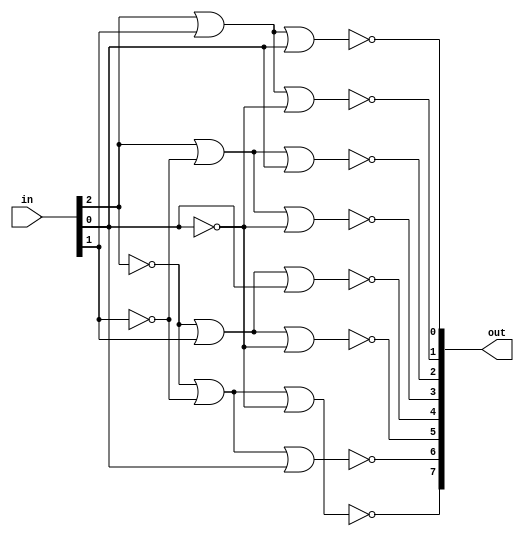
module decoder_3to8 (
    input [2:0] in,
    output [7:0] out
);

assign out[0] = ~(in[2] | in[1] | in[0]);
assign out[1] = ~(in[2] | in[1] | ~in[0]);
assign out[2] = ~(in[2] | ~in[1] | in[0]);
assign out[3] = ~(in[2] | ~in[1] | ~in[0]);
assign out[4] = ~(~in[2] | in[1] | in[0]);
assign out[5] = ~(~in[2] | in[1] | ~in[0]);
assign out[6] = ~(~in[2] | ~in[1] | in[0]);
assign out[7] = ~(~in[2] | ~in[1] | ~in[0]);

endmodule